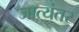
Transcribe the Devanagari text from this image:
जात्यंतर